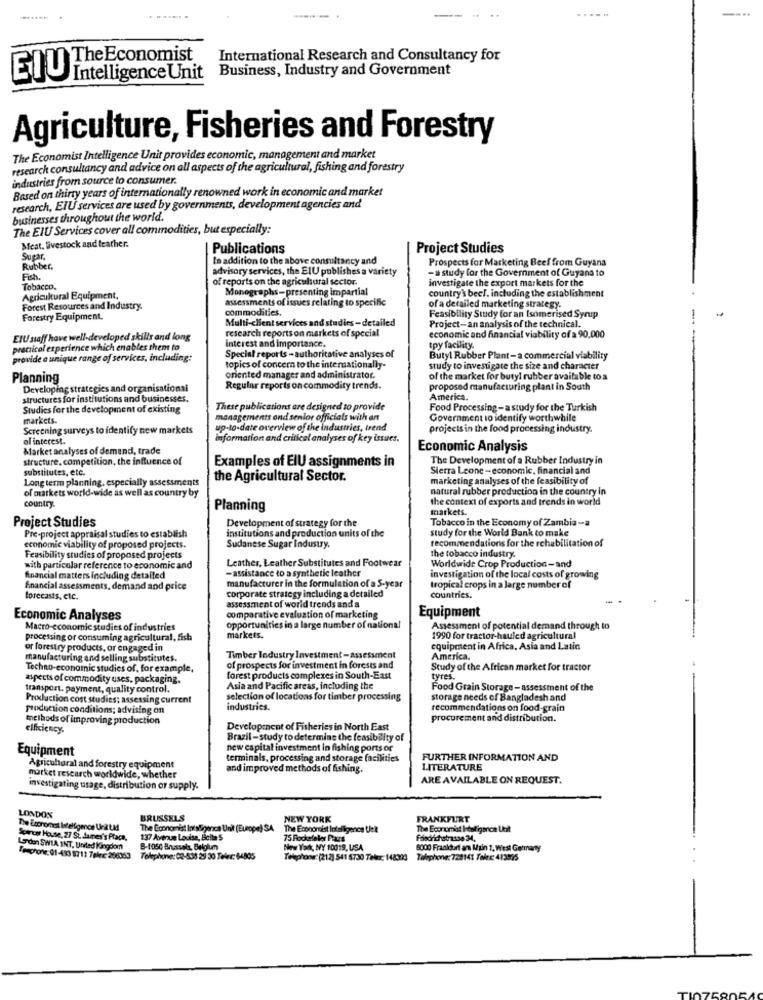
--
The Economist
International Research and Consultancy for
Business, Industry and Government
EIU
Intelligence Unit
Agriculture, Fisheries and Forestry
The Economist Intelligence Unit provides economic, management and market
research consultancy and advice on all aspects of the agricultural, fishing and forestry
industries from source to consumer.
Based on thirty years of internationally renowned work in economic and market
research, EIU services are used by governments, development agencies and
businesses throughout the world.
The EIU Services cover all commodities, but especially:
Meat, livestock and teather.
Publications
Project Studies
Sugar.
In addition to the above consultancy and
Prospects for Marketing Beef from Guyana
Rubber.
advisory services, the ElU publishes a variety
-a study for the Government of Guyana to
of reports on the agricultural sector.
investigate the export markets for the
Tobacco.
Monographs-presenting impartial
Agricultural Equipment,
assessments of issues relating to specific
country's becl. including the establishment
Forest Resources and Industry.
commodities.
of a detailed marketing strategy.
Forestry Equipment.
Multi-client services and studies-detailed
Feasibility Study for an Isomerised Syrup
research reports on markets of special
Project-an analysis of the technical.
ElU staff have well-developed skills and long
interest and importance.
economic and financial viability of a 90,000
practical experience which enables them to
tpy facility.
provide a unique range of services, including:
Special reports - authoritative analyses of
Butyl Rubber Plant-a commercial viability
topics of concern to the internationally-
study to investigate the size and character
Planning
oriented manager and administrator.
of the market for butyl rubber available to a
Developing strategies and organisational
Regular reports on commodity trends.
proposed manufacturing plant in South
structures for institutions and businesses.
America.
Studies for the development of existing
These publications are designed to provide
Food Processing -a study for the Turkish
markets.
managements ond senior officials with an
Government to identify worthwhile
Screening surveys to identify new markets
up-to-date overview of the industries, trend
projects in the food processing industry.
ol interest.
nformation and critical analyses of key issues.
Market analyses of demand, trade
Economic Analysis
structure, competition, the influence of
Examples of ElU assignments in
The Development of a Rubber Industry in
substitutes, etc.
Sierra Leone -economic, financial and
Long term planning, especially assessments
the Agricultural Sector.
marketing analyses of the feasibility of
of markets world-wide as well as country by
natural rubber production in the country in
the context of exports and trends in world
country.
Planning
markets.
Project Studies
Development of strategy for the
Tobacco in the Economy of Zambia -a
Pre-project appraisal studies to establish
institutions and production units of the
study for the World Bank to make
recommendations for the rehabilitation of
economic viability of proposed projects.
Sudanese Sugar Industry
Feasibility studies of proposed projects
Leather, Leather Substitutes and Footwear
the tobacco industry.
with particolar reference to economic and
-assistance to a synthetic leather
Worldwide Crop Production-and
financial matters including detailed
investigation of the local costs of growing
financial assessments, demand and price
manufacturer in the formulation of a S.year
tropical crops in a large number of
forecasts, etc.
corporate strategy including a detailed
countries.
assessment of world trends and a
Equipment
Economic Analyses
comparative evaluation of marketing
Macro economic studies of industries
opportunities in a large number of national
Assessment of potential demand through to
processing or consuming agricultural, fish
markets.
1990 for tractor-hauled agricultural
or forestry products, or engaged in
equipment in Africa, Asia and Latin
manufacturing and selling substitutes.
Timber Industry Investment-Assessment
America.
Techno-economic studies of, for example,
of prospects for investment in forests and
Study of the African market for tractor
aspects of commodity uses, packaging.
forest products complexes in South-East
tyres.
transport. payment, quality control.
Asia and Pacific areas, including the
Food Grain Storage- assessment of the
Production cost studies; assessing current
selection of locations for timber processing
storage needs of Bangladesh and
production conditions; advising on
industries.
recommendations on food-grain
methods of improving production
procurement and distribution.
elficiency.
Development of Fisheries in North East
Brazil -study to determine the feasibility of
Equipment
new capital investment in fishing ports or
terminals, processing and storage facilities
FURTHER INFORMATION AND
Agricuharal and forestry equipment
and improved methods of fishing.
LITERATURE
market research worldwide, whether
ARE AVAILABLE ON REQUEST.
investigating usage, distribution or supply.
LONDON
BRUSSELS
NEW YORK
FRANKFURT
The [conomist Inteligence Unit (Europe) SA.
The Economist Intelligence tielt
The Economist Itol igenca Ukit
Scwrts House, 27 St. James's Praca.
137 Avenue Louise, Bolle S
75 Rockefeller Plaza
Fasdrichstrasse 34,
London SWIA INT, United Kingdom
B-1050 Brussels, Belgium
New York, NY 10019, USA
5000 Fraaldorf am Main 1, West Germany
Lesphone: 01-483 8713 7eler 208353
Telephone: 02-538 23 30 Teler: $4805
Telephone: (212) 541 5730 Teler: 148323
Telephone: 728141 Toiex: 413375